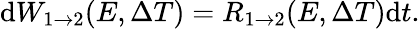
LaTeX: \mathrm{d}W_{1\rightarrow 2}(E,\Delta T)=R_{1\rightarrow 2}(E,\Delta T)\mathrm{d}t.